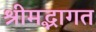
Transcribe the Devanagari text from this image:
श्रीमद्भागत